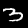
Label: 3